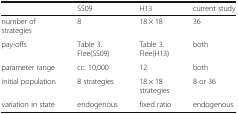
<table><thead><tr><td></td><td><b>SS09</b></td><td><b>H13</b></td><td><b>current study</b></td></tr></thead><tbody><tr><td>number of strategies</td><td>8</td><td>18 × 18</td><td>36</td></tr><tr><td>pay-offs</td><td>Table 3. Flee(SS09)</td><td>Table 3. Flee(H13)</td><td>both</td></tr><tr><td>parameter range</td><td>cc. 10,000</td><td>12</td><td>both</td></tr><tr><td>initial population</td><td>8 strategies</td><td>18 × 18 strategies</td><td>8 or 36</td></tr><tr><td>variation in state</td><td>endogenous</td><td>fixed ratio</td><td>endogenous</td></tr></tbody></table>